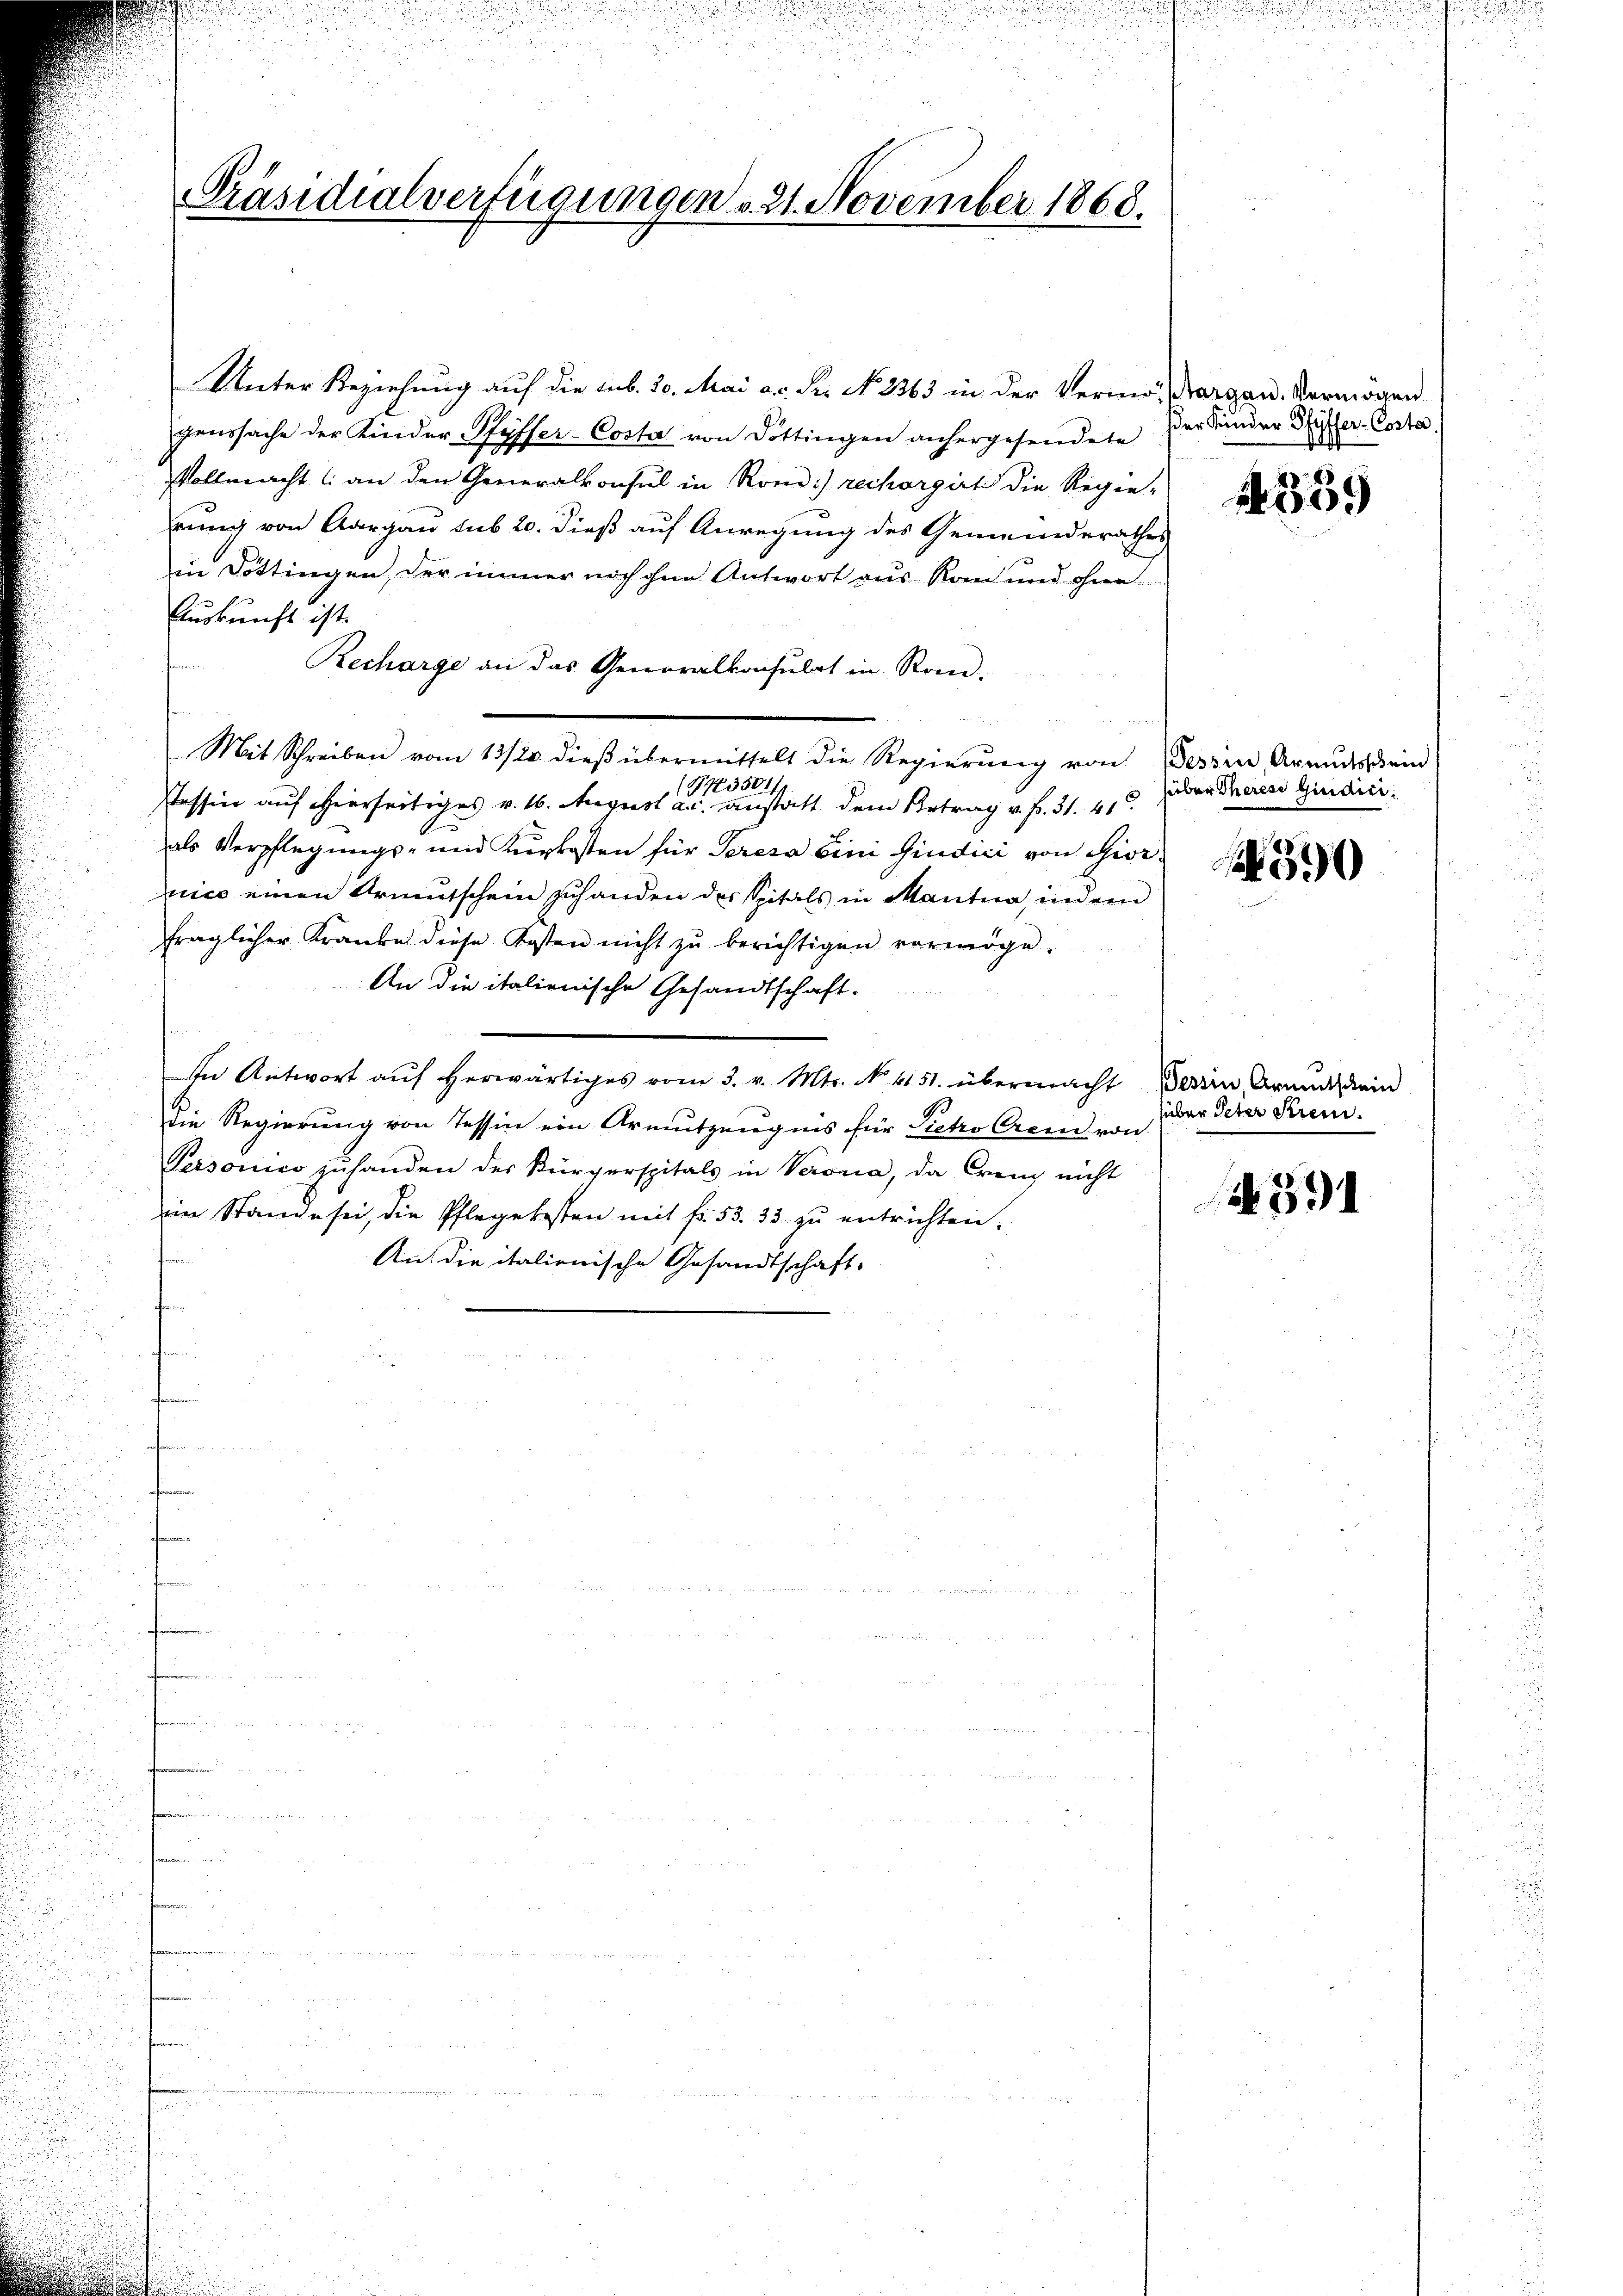
u
n

.

77

u
f
.

n

.

n
d

Präsidialverfügungen v. 21. November 1868.

Unter Beziehung auf die sub. 20. Mai a.c. S. No 2363 in der Vermösergan. Vermögen
genssache der Kinder Pfyffer-Costa von Döttingen anhergesendete
Vollmacht (an den Generalkonsul in Rond:) rechargirt die Regie-
rung von Aargau sub 20. dieß auf Anregung des Gemeinderathes
in Döttingen, der immer noch ohne Antwort aus Rom und ohne
Auskunft ist.
Recharge an das Generalkonsulat in Ron-
en
Mit Schreiben vom 13/22. dieβ übermittelt die Regierŭng von Tessin Armŭsschein
G3504
sessin auf hierseitiges v. 16. August u. anstalt dem Betrag v. fr. 31. 41
als Verpflegungs- und Kurkosten für Seresa vini findici von Giornice einen Armutschein zuhanden des Spitals in Mantua, indem
fraglicher Kranke diese Kosten nicht zu berichtigen vermöge.
An die italienische Gesandtschaft-
In Antwort aŭf herwärtiges vom 3. v. Mts. No. 4151. übermacht Berein Grund dein
Die Regierung von Tessin ein Armutzeugnis für Pietro Crem von
Personico zŭ handen der Kürzerspitals in Verona, da Creuz nicht
in Stande sei, die Pflegekosten mit f. 53. 33 zu entrichten,
Aus die italionische Gesandtschaft-
d
f
2

der Kinder Pfyffer-Corte

22

55.

süber Theresi giudici

a 30

über Peter Strei

. 391